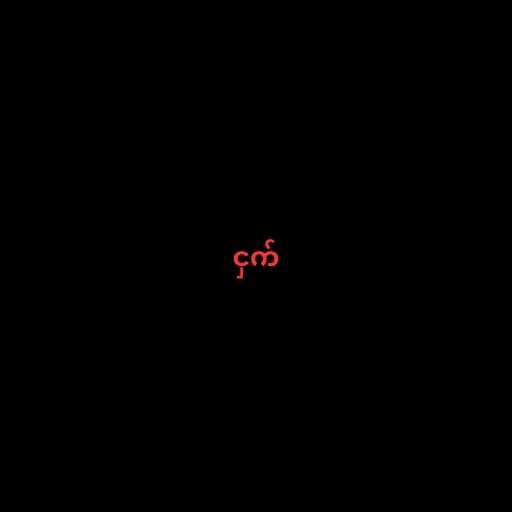
ငှက်